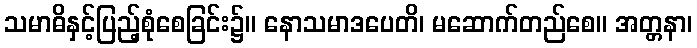
သမာဓိနှင့်ပြည့်စုံစေခြင်း၌။ နောသမာဒပေတိ၊ မဆောက်တည်စေ။ အတ္တနာ၊